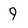
Character: 9